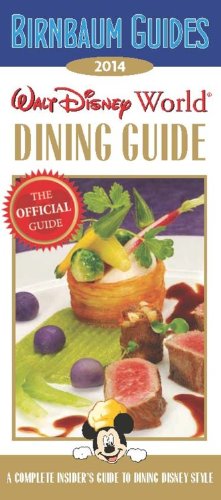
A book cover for Birnbaum's Walt Disney World Dining Guide 2014 (Birnbaum Guides); Birnbaum Guides; Travel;